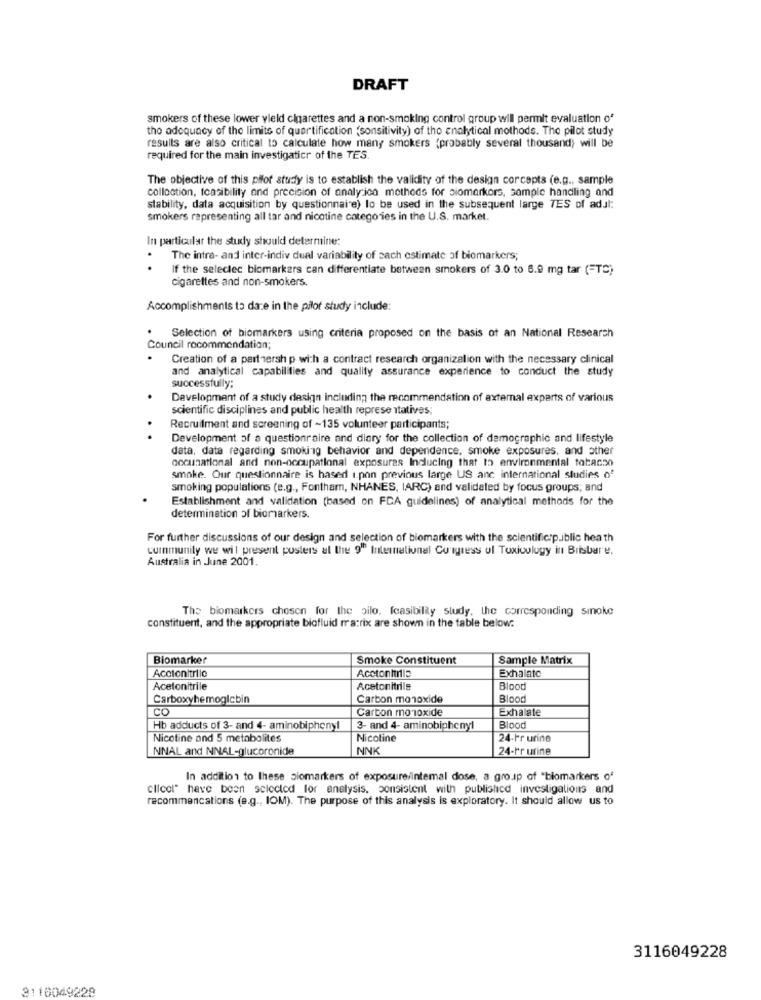
DRAFT
smokers of these lower yield cigarettes and a non-smoking control group will permit evaluation o'
tho adequacy of the limits of quartification (sonsitivity) of the analytical mothode. The pilot study
results are also critical to calculate how many smokers (probably several thousand) will be
required for the main investigaticr of the TES.
The objective of this pilot study is to establish the validity of the design corcepts (e.g ., sample
collection, toasibility and precision of analy ion methods for biomarkors, sample handling and
stability, data acquisition by questionnaire) lo be used in the subsequent large TES of adul:
smokers representing all tar and nicotine categories in the U.S. market.
In particular the study should determine:
The intra- and inter-indiv dual variability of sach estimate of biomarkers;
If the seleclec biomarkers can differentiate between smokers of 3.0 to 8.0 mg tar (=TC)
cigarettes and non-smokers.
Accomplishments to date in the pilot study include:
Selection of biomarkers using criteria proposed on the basis of an National Research
Council recommendation;
.
Creation of a partnership with a contract research organizalion with the necessary clinical
and analytical capabilities and quality assurance experience to conduct the study
successfully:
Development of a study design including the recommendation of external experts of various
scientific disciplines and public health representatives;
Recruitment and screening of ~135 volunteer participants;
Development of a questionraire and diary for the collection of demographic and lifestyle
data, data regarding smoking behavior and dependence, smoke exposures, and other
occunational and non-occupational exposures Inclucing that to environmental tobacco
smoke. Our questionnaire is hased i.pon previous large US anc international studies o'
smoking populations (e.g ., Fontham, NHANES, IARC) and validated by focus groups; and
Establishment and validation (based on FCA guidelines) of analytical methods for the
determination of biomarkers.
For further discussions of our design and selection of biomarkers with the scientific public heath
community we wil present posters at the 9" International Congress of Toxicology in Brisbare.
Australia in June 2001.
The biomarkers chosen for the pilo. feasibility study, the corresponding sinoke
constituent, and the appropriate biofluid matrix are shown in the table below:
Biomarker
Smoke Constituent
Sample Matrix
Accionitrilo
Acctonhills
Exhalato
Acetonitrile
Acetonitrile
Blood
Carboxyhemogicbin
Carbon monoxide
Blood
CO
Carbon monoxide
Exhalate
Hb adducts of 3- and 4- aminobiphenyl
3- and 4- aminobiphenyl
Blood
Nicotine and 5 metabolites
Nicotine
24-Fr urine
NNAL and NNAL-glucoronide
NNK
24-Pr urine
In addition to these biomarkers of exposure/intemal dose, a group of "biomarkers of
clicol" have been selected for analysis. consistent with published investigations and
recommencations (e.g ., IOM). The purpose of this analysis is exploratory. It should allow us to
3116049228
3110049228